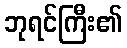
ဘုရင်ကြီး၏